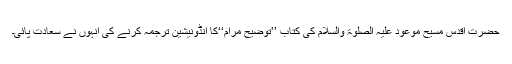
حضرت اقدس مسیح موعود علیہ الصلوۃ والسلام کی کتاب ’’توضیح مرام‘‘کا انڈونیشین ترجمہ کرنے کی انہوں نے سعادت پائی۔